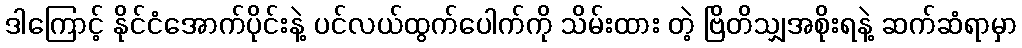
ဒါကြောင့် နိုင်ငံအောက်ပိုင်းနဲ့ ပင်လယ်ထွက်ပေါက်ကို သိမ်းထား တဲ့ ဗြိတိသျှအစိုးရနဲ့ ဆက်ဆံရာမှာ